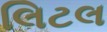
લિટલ